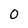
Character: 0